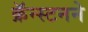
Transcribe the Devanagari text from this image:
क्रॅन्स्टनने